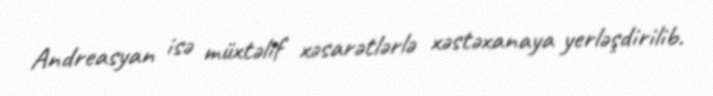
Andreasyan isə müxtəlif xəsarətlərlə xəstəxanaya yerləşdirilib.